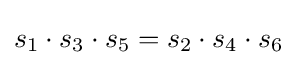
s_{1}\cdot s_{3}\cdot s_{5}=s_{2}\cdot s_{4}\cdot s_{6}